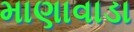
માણાવાડા